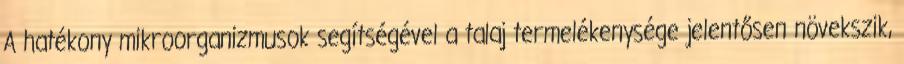
A hatékony mikroorganizmusok segítségével a talaj termelékenysége jelentősen növekszik,